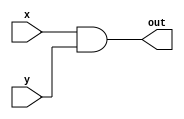
/*
  16-bit ALU device for xkarna. made by savolla in 2020
*/
module And(x, y, out);
  input [15:0] x, y;
  output [15:0] out;
  assign out = x & y;
endmodule

module Or(x, y, out);
  input [15:0] x, y;
  output [15:0] out;
  assign out = x | y;
endmodule

module Not(x, out);
  input [15:0] x;
  output [15:0] out;
  assign out = ~x;
endmodule

module Xor(x, y, out);
  input x, y;
  output out;
  wire v0, v1, v2, v3;
  assign v0 = ~x;
  assign v1 = ~y;
  assign v2 = v0 & y;
  assign v3 = v1 & x;
  assign out = v2 | v3;
endmodule

module Xor16(x, y, out);
  input [15:0] x, y;
  output [15:0] out;

  Xor x0(x[0], y[0], out[0]);
  Xor x1(x[1], y[1], out[1]);
  Xor x2(x[2], y[2], out[2]);
  Xor x3(x[3], y[3], out[3]);
  Xor x4(x[4], y[4], out[4]);
  Xor x5(x[5], y[5], out[5]);
  Xor x6(x[6], y[6], out[6]);
  Xor x7(x[7], y[7], out[7]);
  Xor x8(x[8], y[8], out[8]);
  Xor x9(x[9], y[9], out[9]);
  Xor x10(x[10], y[10], out[10]);
  Xor x11(x[11], y[11], out[11]);
  Xor x12(x[12], y[12], out[12]);
  Xor x13(x[13], y[13], out[13]);
  Xor x14(x[14], y[14], out[14]);
  Xor x15(x[15], y[15], out[15]);
endmodule

module full_adder( a, b, c, out, carry );
  input a, b, c;
  output out, carry;
  wire v0, v1, v2, v3, v4, v5, v6, v7, v8, v9, v10, v11, v12, v13, v14, v15;
  assign v0 = ~a;
  assign v1 = ~b;
  assign v2 = ~c;
  assign v3 = v0 & v1;
  assign v4 = v0 & b;
  assign v5 = v1 & a;
  assign v6 = b & a;
  assign v7 = c & v4;
  assign v8 = v3 & c;
  assign v9 = v2 & v4;
  assign v10 = v2 & v5;
  assign v11 = c & v6;
  assign v12 = v6 | v7;
  assign v13 = c & v5;
  assign v14 = v9 | v8;
  assign v15 = v11 | v10;
  assign carry = v13 | v12;
  assign out = v15 | v14;
endmodule

module full_adder16( a, b, c, out, carry );
  input [15:0] a, b;
  input c;
  output [15:0] out;
  output carry;
  wire v1, v2, v3, v4, v5, v6, v7, v8, v9, v10, v11, v12, v13, v14, v15;

  full_adder m46( a[0], b[0], c, out[0], v1 );
  full_adder m47( a[1], b[1], v1, out[1], v2 );
  full_adder m48( a[2], b[2], v2, out[2], v3 );
  full_adder m49( a[3], b[3], v3, out[3], v4 );
  full_adder m50( a[4], b[4], v4, out[4], v5 );
  full_adder m51( a[5], b[5], v5, out[5], v6 );
  full_adder m52( a[6], b[6], v6, out[6], v7 );
  full_adder m53( a[7], b[7], v7, out[7], v8 );
  full_adder m54( a[8], b[8], v8, out[8], v9 );
  full_adder m55( a[9], b[9], v9, out[9], v10 );
  full_adder m56( a[10], b[10], v10, out[10], v11 );
  full_adder m57( a[11], b[11], v11, out[11], v12 );
  full_adder m58( a[12], b[12], v12, out[12], v13 );
  full_adder m59( a[13], b[13], v13, out[13], v14 );
  full_adder m60( a[14], b[14], v14, out[14], v15 );
  full_adder m61( a[15], b[15], v15, out[15], carry );
endmodule

// mux
module mux(x,y,sel,out);
  input x,y,sel;
  output out;
  wire v0, v1, v2;

  assign v0 = ~sel;
  assign v1 = y & v0;
  assign v2 = sel & x;
  assign out = v1 | v2;
endmodule

module mux16(x,y,sel,out);
  input [15:0] x, y;
  input sel;
  output [15:0] out;

  mux c0(x[0], y[0], sel, out[0]);
  mux c1(x[1], y[1], sel, out[1]);
  mux c2(x[2], y[2], sel, out[2]);
  mux c3(x[3], y[3], sel, out[3]);
  mux c4(x[4], y[4], sel, out[4]);
  mux c5(x[5], y[5], sel, out[5]);
  mux c6(x[6], y[6], sel, out[6]);
  mux c7(x[7], y[7], sel, out[7]);
  mux c8(x[8], y[8], sel, out[8]);
  mux c9(x[9], y[9], sel, out[9]);
  mux c10(x[10], y[10], sel, out[10]);
  mux c11(x[11], y[11], sel, out[11]);
  mux c12(x[12], y[12], sel, out[12]);
  mux c13(x[13], y[13], sel, out[13]);
  mux c14(x[14], y[14], sel, out[14]);
  mux c15(x[15], y[15], sel, out[15]);
endmodule

// null 
module NULL16( x, out );
  input [15:0] x;
  output [15:0] out;
  wire [15:0] v0;
  Not m38( x, v0 );
  And m23( x, v0, out );
endmodule

module ALU16( x, y, zx, nx, zy, ny, f0, f1, no, cin, cout, out );
  input [15:0] x, y;
  input zx, nx, zy, ny, f0, f1, no, cin;
  output cout;
  output [15:0] out;
  wire [15:0] v0, v1, v2, v3, v4, v5, v6, v7, v8, v9, v10, v11, v12, v13, v14, v15;

  // zx (zero x)
  NULL16 m0( x, v0 );
  mux16 m1( v0, x, zx, v1 );
  
  // nx (negate x)
  Not m39(v1, v2);
  mux16 m2(v2, v1, nx, v3);

  // zy (zero y)
  NULL16 m3( y, v4 );
  mux16 m4(v4, y, zy, v5);

  // ny (negate y)
  Not m40(v5, v6);
  mux16 m5(v6, v5, ny, v7);

  // f0, f1 (add, and, or, xor)
  full_adder16 m6(v7, v3, cin, v11, cout);
  And m24 (v3, v7, v9);
  Or m31 (v3, v7, v10);
  Xor16 m45 (v3, v7, v8);
  mux16 m7(v8, v9, f0, v12); // f0 first
  mux16 m8(v10, v11, f0, v13); // f0 second
  mux16 m9(v12, v13, f1, v14); // f1 second

  // no (negate output)
  Not m41(v14, v15);
  mux16 m10(v15, v14, no, out); // f1 second

endmodule